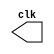
module clock (output reg clk);
  initial begin
    clk = 1'b0;
  end

  always begin
    #12 clk = ~clk;
  end
endmodule